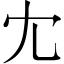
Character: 冘